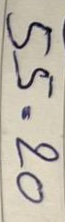
55 = 20